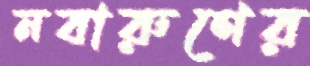
নবারুণের